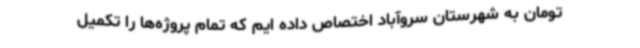
تومان به شهرستان سروآباد اختصاص داده ایم که تمام پروژه‌ها را تکمیل